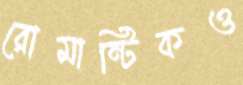
রোমান্টিকও